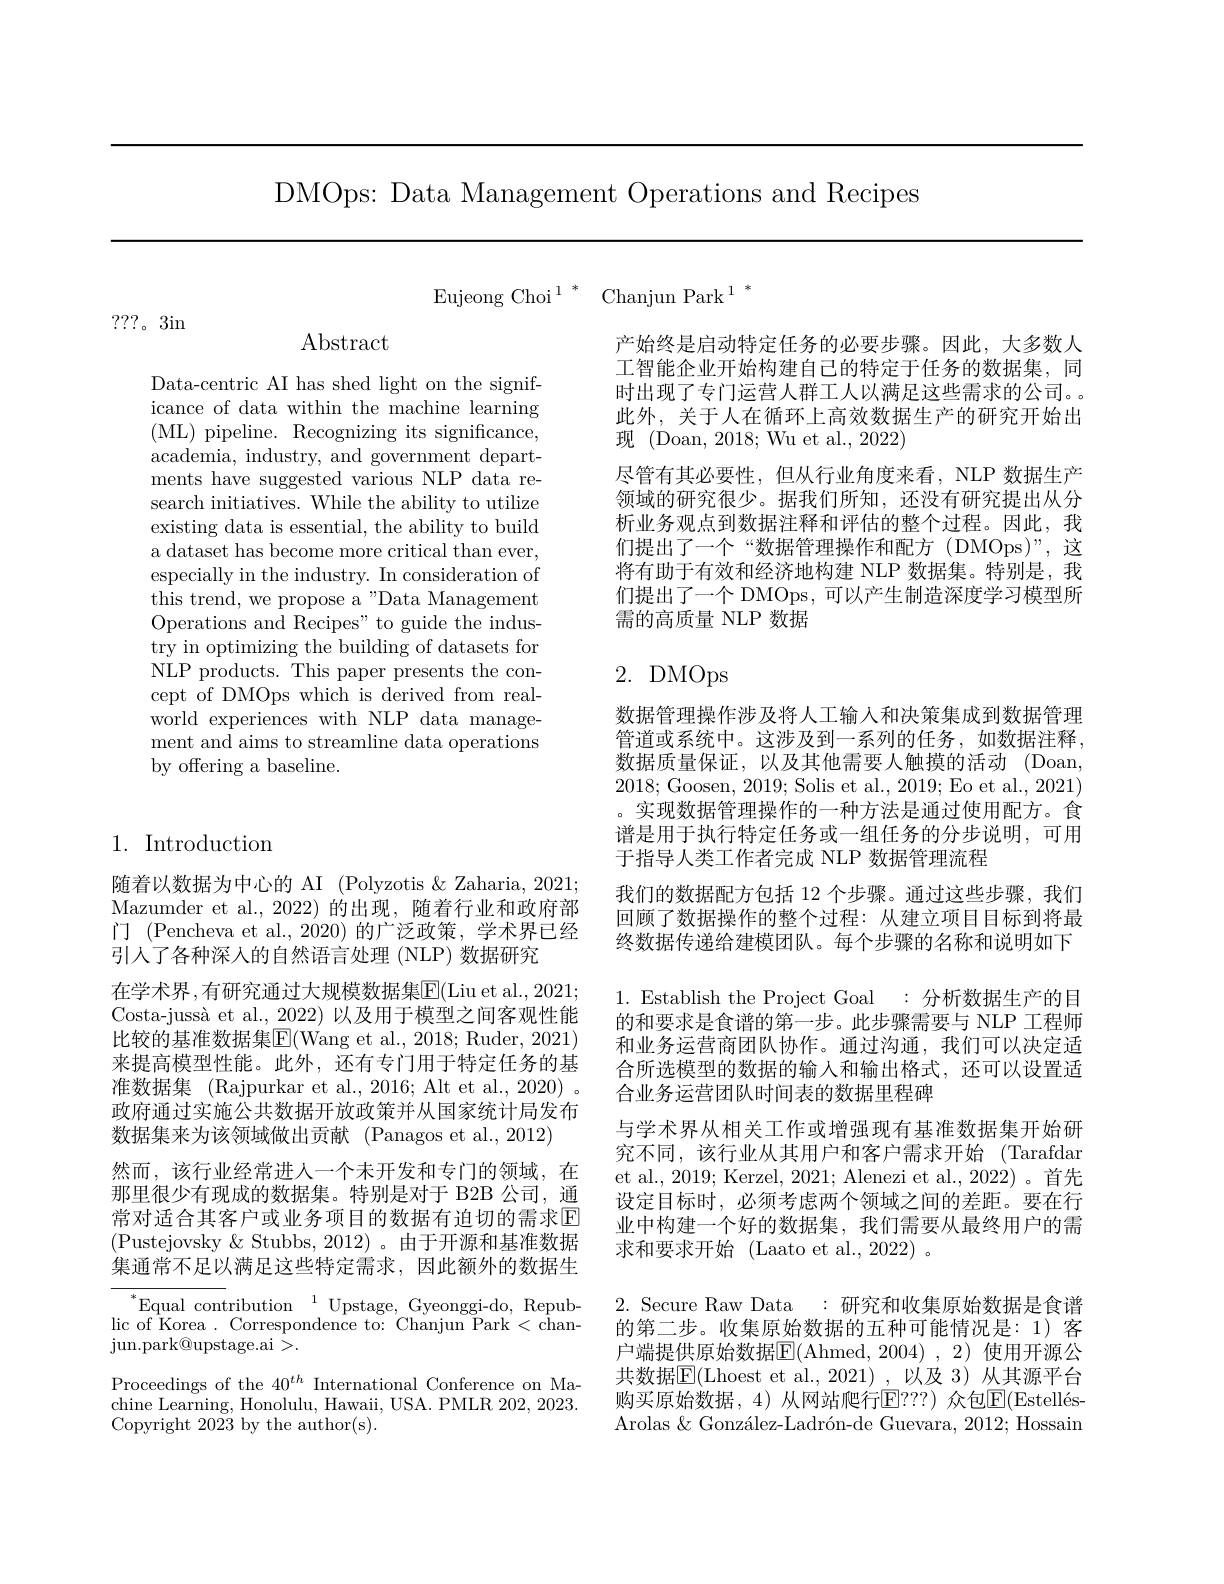
DMOps: Data Management Operations and Recipes

Eujeong Choi$^1{}^*$ Chanjun Park$^1{}^*$

???。3in

Abstract

Data-centric AI has shed light on the significance of data within the machine learning ( ML) pipeline. Recognizing its significance, academia, industry, and government departments have suggested various NLP data research initiatives. While the ability to utilize existing data is essential, the ability to build a dataset has become more critical than ever, especially in the industry. In consideration of this trend, we propose a"Data Management Operations and Recipes" to guide the industry in optimizing the building of datasets for NLP products. This paper presents the concept of DMOps which is derived from realworld experiences with NLP data management and aims to streamline data operations by offering a baseline.

## 1. Introduction

随着以数据为中心的 AI (Polyzotis &Zaharia, 2021; Mazumder et al.,2022)的出现，随着行业和政府部门 (Pencheva et al., 2020) 的广泛政策，学术界已经引人了各种深入的自然语言处理 (NLP) 数据研究
在学术界，有研究通过大规模数据集$\boxed{\mathrm{F}}($Liu et al.,2021; Costa-jussà et al., 2022)以及用于模型之间客观性能比较的基准数据集$\boxed{\mathrm{F}}($Wang et al., 2018; Ruder, 2021) 来提高模型性能。此外，还有专门用于特定任务的基准数据集 (Rajpurkar et al., 2016; Alt et al., 2020) 。政府通过实施公共数据开放政策并从国家统计局发布数据集来为该领域做出贡献 (Panagos et al.,2012)
然而，该行业经常进人一个未开发和专门的领域，在那里很少有现成的数据集。特别是对于 B2B 公司，通常对适合其客户或业务项目的数据有迫切的需求$\mathbb{E}$ (Pustejovsky$\&$Stubbs,2012)。由于开源和基准数据集通常不足以满足这些特定需求，因此额外的数据生$\overset{*}{\operatorname*{\operatorname*{Equal~cont}}}$ribution $\overset {1}{\operatorname* { \operatorname* { \mathrm{Upstage, ~Gyeonggi- do, ~Repub- }} } }$ lic of Korea . Correspondence to: Chanjun Park < chanjun. park@ upstage. ai> .
Proceedings of the $40^{th}$ International Conference on Machine Learning, Honolulu, Hawaii, USA. PMLR 202, 2023. Copyright 2023 by the author(s).

产始终是启动特定任务的必要步骤。因此，大多数人工智能企业开始构建自己的特定于任务的数据集，同时出现了专门运营人群工人以满足这些需求的公司。此外，关于人在循环上高效数据生产的研究开始出现 (Doan, 2018; Wu et al., 2022)
尽管有其必要性，但从行业角度来看，NLP 数据生产领域的研究很少。据我们所知，还没有研究提出从分析业务观点到数据注释和评估的整个过程。因此，我们提出了一个“数据管理操作和配方(DMOps)”,这将有助于有效和经济地构建 NLP 数据集。特别是，我们提出了一个 DMOps, 可以产生制造深度学习模型所需的高质量 NLP 数据

## 2. DMOps

数据管理操作涉及将人工输入和决策集成到数据管理管道或系统中。这涉及到一系列的任务，如数据注释， 数据质量保证，以及其他需要人触摸的活动(Doan, 2018; Goosen, 2019; Solis et al., 2019; Eo et al., 2021) 。实现数据管理操作的一种方法是通过使用配方。食谱是用于执行特定任务或一组任务的分步说明，可用于指导人类工作者完成 NLP 数据管理流程
我们的数据配方包括 12 个步骤。通过这些步骤，我们回顾了数据操作的整个过程：从建立项目目标到将最终数据传递给建模团队。每个步骤的名称和说明如下1. Establish the Project Goal :分析数据生产的目的和要求是食谱的第一步。此步骤需要与 NLP 工程师和业务运营商团队协作。通过沟通，我们可以决定适合所选模型的数据的输入和输出格式，还可以设置适合业务运营团队时间表的数据里程碑
与学术界从相关工作或增强现有基准数据集开始研究不同，该行业从其用户和客户需求开始(Tarafdar et al., 2019; Kerzel, 2021; Alenezi et al., 2022)。首先设定目标时，必须考虑两个领域之间的差距。要在行业中构建一个好的数据集，我们需要从最终用户的需求和要求开始(Laato et al., 2022) 。
2. Secure Raw Data :研究和收集原始数据是食谱的第二步。收集原始数据的五种可能情况是：1)客户端提供原始数据$\overline{\mathrm{E}}($Ahmed,2004),2)使用开源公共数据$\mathbb{E}($Lhoest et al.,2021),以及 3)从其源平台购买原始数据，4)从网站爬行E？?)众包E$( Estell\acute{e} s-$ Arolas $\& \text{Gonz\' {a}lez- Ladr\' {o}n- deGuevara, 2012; Hossain}$